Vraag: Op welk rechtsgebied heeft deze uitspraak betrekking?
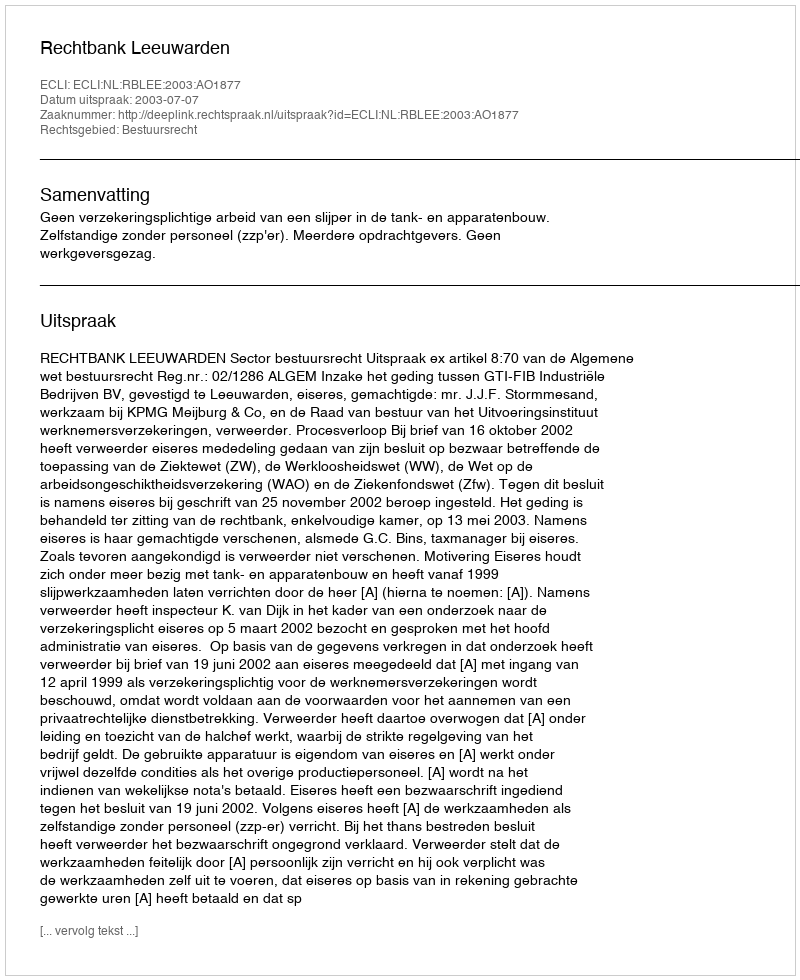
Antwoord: Bestuursrecht